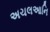
અચલઆનિ